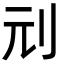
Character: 刓